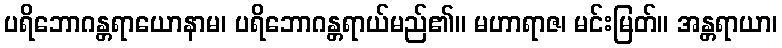
ပရိဘောဂန္တရာယောနာမ၊ ပရိဘောဂန္တရာယ်မည်၏။ မဟာရာဇ၊ မင်းမြတ်။ အန္တရာယာ၊